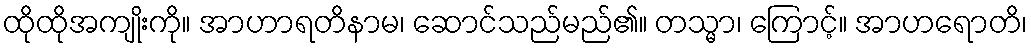
ထိုထိုအကျိုးကို။ အာဟာရတိနာမ၊ ဆောင်သည်မည်၏။ တသ္မာ၊ ကြောင့်။ အာဟရောတိ၊